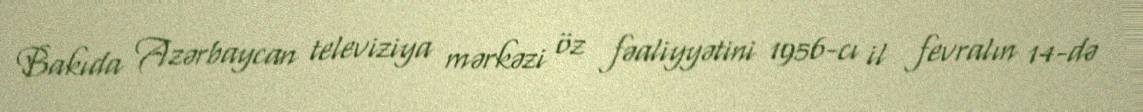
Bakıda Azərbaycan televiziya mərkəzi öz fəaliyyətini 1956-cı il fevralın 14-də